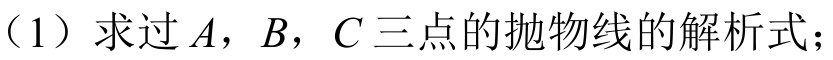
（1）求过 \(A\)，\(B\)，\(C\) 三点的抛物线的解析式；